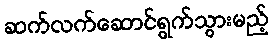
ဆက်လက်ဆောင်ရွက်သွားမည့်